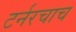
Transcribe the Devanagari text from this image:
टर्नरचाच